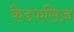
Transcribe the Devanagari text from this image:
कैडफसिज़